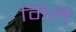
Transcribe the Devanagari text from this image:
मिर्ती